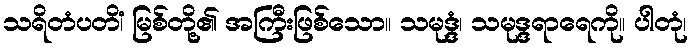
သရိတံပတိံ၊ မြစ်တို့၏ အကြီးဖြစ်သော။ သမုဒ္ဒံ၊ သမုဒ္ဒရာရေကို။ ပါတုံ၊